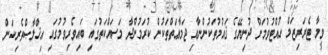
ވީމާ ޓެރަރިޒަމް ހުއްޓުވުމަށް ދުނިޔޭގެ ޤައުމުތަކުންނާއި ޖަމާޢަތްތަކުން ކުރަމުންދާ މަސައްކަތުގައި ބައިވެރިވުމުގައި އިޚްލާޞްތެރިކަން